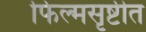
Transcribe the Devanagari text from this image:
फिल्मसृष्टीत